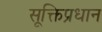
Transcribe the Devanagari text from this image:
सूक्तिप्रधान